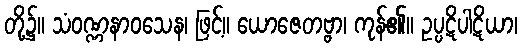
တို့၌။ သံဝဏ္ဏနာဝသေန၊ ဖြင့်။ ယောဇေတဗ္ဗာ၊ ကုန်၏။ ဥပ္ပဋိပါဋိယာ၊